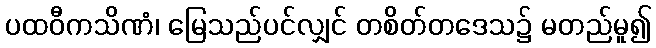
ပထဝီကသိဏံ၊ မြေသည်ပင်လျှင် တစိတ်တဒေသ၌ မတည်မူ၍